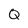
Character: Q